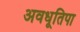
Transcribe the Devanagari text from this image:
अवधूतिपा